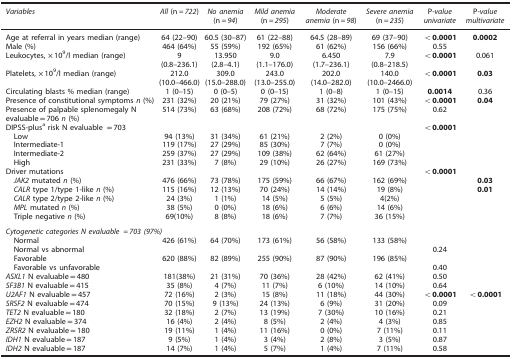
<table><thead><tr><td><b><i>Variables</i></b></td><td><b><i>All</i> (n<i>=722</i>)</b></td><td><b><i>No anemia</i> (n<i>=94</i>)</b></td><td><b><i>Mild anemia</i> (n<i>=295</i>)</b></td><td><b><i>Moderate anemia</i> (n<i>=98</i>)</b></td><td><b><i>Severe anemia</i> (n<i>=235</i>)</b></td><td><b>P-<i>value univariate</i></b></td><td><b>P-<i>value multivariate</i></b></td></tr></thead><tbody><tr><td>Age at referral in years median (range)</td><td>64 (22–90)</td><td>60.5 (30–87)</td><td>61 (22–88)</td><td>64.5 (28–89)</td><td>69 (37–90)</td><td><b>&lt;0.0001</b></td><td><b>0.0002</b></td></tr><tr><td>Male (%)</td><td>464 (64%)</td><td>55 (59%)</td><td>192 (65%)</td><td>61 (62%)</td><td>156 (66%)</td><td>0.55</td><td> </td></tr><tr><td>Leukocytes, × 10<sup>9</sup>/l median (range)</td><td>9 (0.8–236.1)</td><td>13.950 (2.8–4.1)</td><td>9.0 (1.1–176.0)</td><td>6.450 (1.7–236.1)</td><td>7.9 (0.8–218.5)</td><td><b>&lt;0.0001</b></td><td>0.061</td></tr><tr><td>Platelets, × 10<sup>9</sup>/l median (range)</td><td>212.0 (10.0–466.0)</td><td>309.0 (15.0–288.0)</td><td>243.0 (13.0–255.0)</td><td>202.0 (14.0–282.0)</td><td>140.0 (10.0–2466.0)</td><td><b>&lt;0.0001</b></td><td><b>0.03</b></td></tr><tr><td>Circulating blasts % median (range)</td><td>1 (0–15)</td><td>0 (0–5)</td><td>0 (0–15)</td><td>1 (0–8)</td><td>1 (0–15)</td><td><b>0.0014</b></td><td>0.36</td></tr><tr><td>Presence of constitutional symptoms <i>n</i> (%)</td><td>231 (32%)</td><td>20 (21%)</td><td>79 (27%)</td><td>31 (32%)</td><td>101 (43%)</td><td><b>&lt;0.0001</b></td><td><b>0.04</b></td></tr><tr><td>Presence of palpable splenomegaly N evaluable=706 <i>n</i> (%)</td><td>514 (73%)</td><td>63 (68%)</td><td>208 (72%)</td><td>68 (72%)</td><td>175 (75%)</td><td>0.62</td><td> </td></tr><tr><td>DIPSS-plusa risk N evaluable =703</td><td> </td><td> </td><td> </td><td> </td><td> </td><td><b>&lt;0.0001</b></td><td> </td></tr><tr><td> Low</td><td>94 (13%)</td><td>31 (34%)</td><td>61 (21%)</td><td>2 (2%)</td><td>0 (0%)</td><td> </td><td> </td></tr><tr><td> Intermediate-1</td><td>119 (17%)</td><td>27 (29%)</td><td>85 (30%)</td><td>7 (7%)</td><td>0 (0%)</td><td> </td><td> </td></tr><tr><td> Intermediate-2</td><td>259 (37%)</td><td>27 (29%)</td><td>109 (38%)</td><td>62 (64%)</td><td>61 (27%)</td><td> </td><td> </td></tr><tr><td> High</td><td>231 (33%)</td><td>7 (8%)</td><td>29 (10%)</td><td>26 (27%)</td><td>169 (73%)</td><td> </td><td> </td></tr><tr><td>Driver mutations</td><td> </td><td> </td><td> </td><td> </td><td> </td><td><b>&lt;0.0001</b></td><td> </td></tr><tr><td> <i>JAK2</i> mutated <i>n</i> (%)</td><td>476 (66%)</td><td>73 (78%)</td><td>175 (59%)</td><td>66 (67%)</td><td>162 (69%)</td><td> </td><td><b>0.03</b></td></tr><tr><td> <i>CALR</i> type 1/type 1-like <i>n</i> (%)</td><td>115 (16%)</td><td>12 (13%)</td><td>70 (24%)</td><td>14 (14%)</td><td>19 (8%)</td><td> </td><td><b>0.01</b></td></tr><tr><td> <i>CALR</i> type 2/type 2-like <i>n</i> (%)</td><td>24 (3%)</td><td>1 (1%)</td><td>14 (5%)</td><td>5 (5%)</td><td>4(2%)</td><td> </td><td> </td></tr><tr><td> <i>MPL</i> mutated <i>n</i> (%)</td><td>38 (5%)</td><td>0 (0%)</td><td>18 (6%)</td><td>6 (6%)</td><td>14 (6%)</td><td> </td><td> </td></tr><tr><td> Triple negative <i>n</i> (%)</td><td>69(10%)</td><td>8 (8%)</td><td>18 (6%)</td><td>7 (7%)</td><td>36 (15%)</td><td> </td><td> </td></tr><tr><td> </td><td> </td><td> </td><td> </td><td> </td><td> </td><td> </td><td> </td></tr><tr><td colspan="8"><i>Cytogenetic categories N evaluable =703 (97%)</i></td></tr><tr><td> Normal</td><td>426 (61%)</td><td>64 (70%)</td><td>173 (61%)</td><td>56 (58%)</td><td>133 (58%)</td><td> </td><td> </td></tr><tr><td> Normal vs abnormal</td><td> </td><td> </td><td> </td><td> </td><td> </td><td>0.24</td><td> </td></tr><tr><td> Favorable</td><td>620 (88%)</td><td>82 (89%)</td><td>255 (90%)</td><td>87 (90%)</td><td>196 (85%)</td><td> </td><td> </td></tr><tr><td> Favorable vs unfavorable</td><td> </td><td> </td><td> </td><td> </td><td> </td><td>0.40</td><td> </td></tr><tr><td><i>ASXL1</i> N evaluable=480</td><td>181(38%)</td><td>21 (31%)</td><td>70 (36%)</td><td>28 (42%)</td><td>62 (41%)</td><td>0.50</td><td> </td></tr><tr><td><i>SF3B1</i> N evaluable=415</td><td>35 (8%)</td><td>4 (7%)</td><td>11 (7%)</td><td>6 (10%)</td><td>14 (10%)</td><td>0.64</td><td> </td></tr><tr><td><i>U2AF1</i> N evaluable=457</td><td>72 (16%)</td><td>2 (3%)</td><td>15 (8%)</td><td>11 (18%)</td><td>44 (30%)</td><td><b>&lt;0.0001</b></td><td><b>&lt;0.0001</b></td></tr><tr><td><i>SRSF2</i> N evaluable=474</td><td>70 (15%)</td><td>9 (13%)</td><td>24 (13%)</td><td>6 (9%)</td><td>31 (20%)</td><td>0.09</td><td> </td></tr><tr><td><i>TET2</i> N evaluable=180</td><td>32 (18%)</td><td>2 (7%)</td><td>13 (19%)</td><td>7 (30%)</td><td>10 (16%)</td><td>0.21</td><td> </td></tr><tr><td><i>EZH2</i> N evaluable=374</td><td>16 (4%)</td><td>2 (4%)</td><td>8 (5%)</td><td>2 (4%)</td><td>4 (3%)</td><td>0.85</td><td> </td></tr><tr><td><i>ZRSR2</i> N evaluable=180</td><td>19 (11%)</td><td>1 (4%)</td><td>11 (16%)</td><td>0 (0%)</td><td>7 (11%)</td><td>0.11</td><td> </td></tr><tr><td><i>IDH1</i> N evaluable=187</td><td>9 (5%)</td><td>1 (4%)</td><td>3 (4%)</td><td>2 (8%)</td><td>3 (5%)</td><td>0.87</td><td> </td></tr><tr><td><i>IDH2</i> N evaluable=187</td><td>14 (7%)</td><td>1 (4%)</td><td>5 (7%)</td><td>1 (4%)</td><td>7 (11%)</td><td>0.58</td><td> </td></tr></tbody></table>